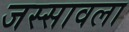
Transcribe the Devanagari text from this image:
जस्सावला